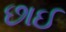
છાઈ